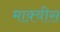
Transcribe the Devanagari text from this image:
माक़्वीस